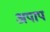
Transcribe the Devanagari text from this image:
अपाप